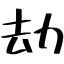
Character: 劫